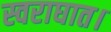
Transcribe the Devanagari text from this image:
स्वराघात।